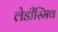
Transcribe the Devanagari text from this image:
लेडीस्मिथ